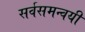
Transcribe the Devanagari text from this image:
सर्वसमन्‍वयी